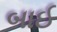
બાઈ